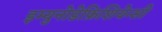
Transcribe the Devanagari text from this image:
इम्युनोडेफ़िशियेन्सी